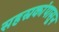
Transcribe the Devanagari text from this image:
सहस्रकांपासून